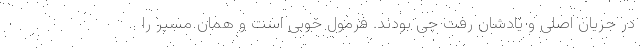
در جریان اصلی و یادشان رفت چی بودند. فرمول خوبی است و همان مسیر را